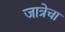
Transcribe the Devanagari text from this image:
जात्रेचा